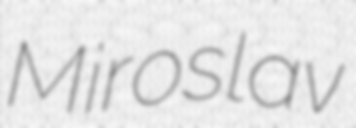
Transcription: Miroslav